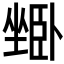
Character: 𱗾